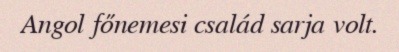
Angol főnemesi család sarja volt.